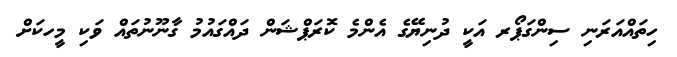
ހިތައްއަރަނި ސިންގަޕޯރ އަކީ ދުނިޔޭގެ އެންމެ ކޮރަޕްޝަން ދައްގައުމު ގާނޫނުތައް ވަކި މީހކަށް